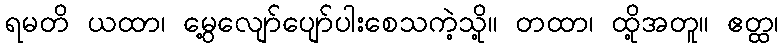
ရမတိ ယထာ၊ မွေ့လျော်ပျော်ပါးစေသကဲ့သို့။ တထာ၊ ထို့အတူ။ ဧတ္ထ၊